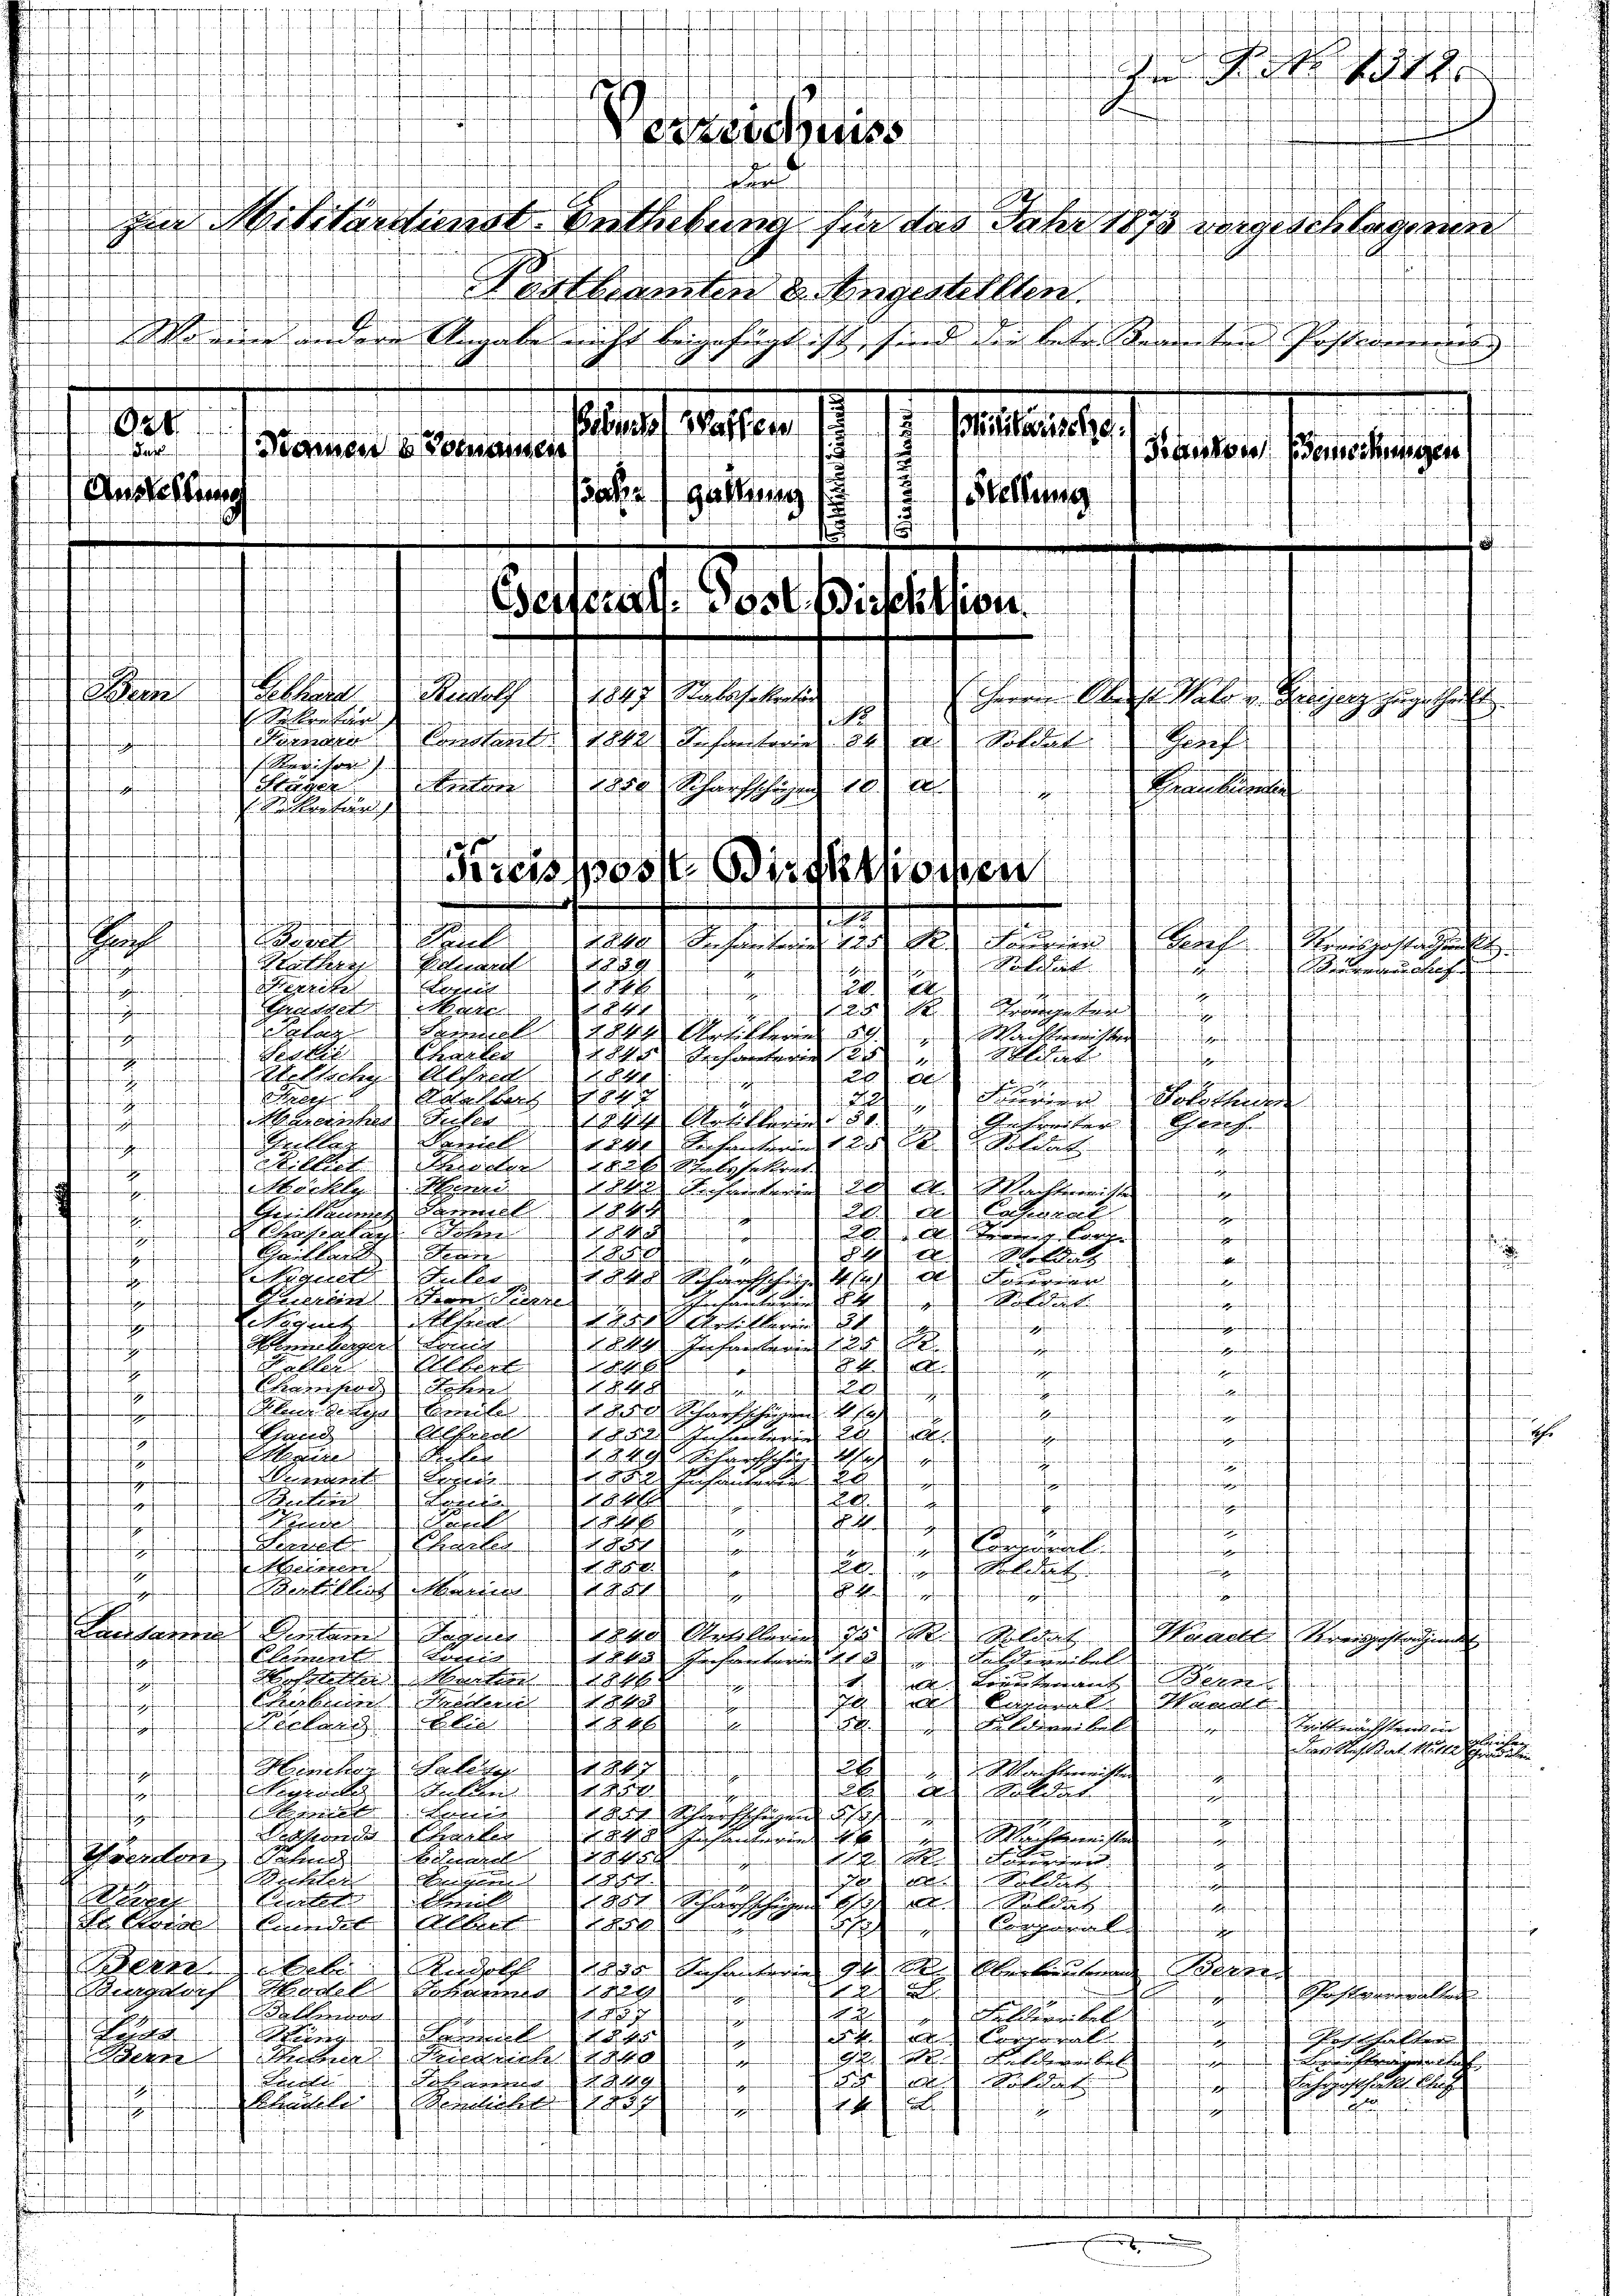
ufnun
.
aferferfen
.

2
1

Derell
224 Arten ehersten
.
Charten
 Sichen Mit
 fein so oft inferirtenfanten Grafe auf

84
leklichen Absic
20)
haffen fich in fanden Kant
x
macherhergehen
Fe
Rorbach
i
2

Notutenden
221
danfenstortenfreihenfanten
12
1244 Rechten
hait Sol
frechen
fen ist der feinfanten gemachen de
Schrech
Gemei
Grille
sohn auch
h
ferferfen unsere
fchen Fenstrafe
1) Wir
dal zuschr
i
.
.
Michl Mon
al schlag ich
fehenden in
.
inung der
d laten
mt in

e
neren. In
Shasler Sei
g
.
feder
e
Kaufleg
Herre

oldi
h
h
.
.
kanal des Schriften 44 die in
.
ntrefferferfenadmaffenf

Seren der den
Refchul

ner, aufen nich
.
enfant auf
e
i
feger
.
.
Steinlagen den
halb hier bei
feren Tage wesen
.
l
Fellner
.
f
de

Champach den
1848
f allen
2
f
.
fchehenhausen
dlen die Meilen
nt
Gand
.
Eilfre
2 ihrer
n
fenfchen
k
1249 Schriften A
.
effenheiten
nfensinnungen einigung

f
mrenen
.
.
Lalle
fl.
e
Re
.

harf und auf nach auf auf anfertigen
erkennen in e
Ffus
1111
Reifel
1
nfagen in effenen

e
e
e
Re
 eredene
t

hefen

s
e
Weieren
h

Peler
.
fe
ofen den gemachen haf
.
1
Reifellos sein
aa
 4
Gegen

f
in freuerfenen den gegen
.
fen.
sfehl der Sach
Urkann in den solches
Waadt vorgestehung
Clement de
82
l
f
 kann ein
  aus Korre
fanderstrafen
f

Balzen
rafen
.
 Kapitel
Handl
4

sich Erb
e
esen Beitrachterner i
tenfenst aufen
Der Restat. 11
e
afen unter
itel
da sie
wiegen die
t

gler
egl
t

fincher

.
dt Schischen
fr. die
e
machenen
Rhone bei
e
dende
aassen se
fanfe
t

a) Sch
de
A
ienen
feffenennenen

Rochler
e
Eigen

g
Seren Teil
nung
eendigte erstehendente seienstaltung de
Siche der

9
s
i
F
.

Rathe
rchhofe des
.
Remar
Schalten
e
Gesanwalten
nferengen in eine in d
f
elmann
157
kaufen unte

.
.
Re
el
erg
11. Jahr so hat al
a
2
eeber
Ich) 111 Al.
Pacte
289
haren
1
Köschaf

Lehrschaftlich
n
u

klust Guhl, 14
u
fne
r
fahren
ben
.
.
befinderauf und
fehenden findliche eine
fch
.
t
f

t

.
.
n
f
 Feuere
¬

nenscheidetene

uung ein er
 wenigen ein ehe
feffenen
ff
afmunerfen feinfachen

.
f
he
scend
e
f

Verrichts
fehen
a
u
neffe
n
dengen

t und
 samm
n ich nicht de
.
1
Planes alten
2
Mittags 199.
1
a
amen seinausen
.
Botko demerkungen
Ansehung
.
Batze Gattung
eltung
fünf
dert h
s
12
d
ofen unanfangen Kran
fruf aufmann i
E
ft
f
chen fernunft
erzalles
.
e
t
af noch
fem
fen inden
fürfen
nten darf
mchen
sch
¬
2
Seeba
Reau
1847 als geben
Herrn Sunst Salon dersetz zugetheilt
.
Seben der
Sunara
A an des harten als an Stel
unsagen
Hauf
f
Revisor
Stäger

nhassend da
halter un
um aufenenderrufen fremden
tt
f
f
.
feffenen in
oer die fein
18
f
 heran
htes geboren
fürfung
s
f
t
nfchehen Graf auf
erf
denrufen
t
g
.
che
Pat
Berec

bach Reinsgestatte
Rutherr
Poten
889
Rolthät
e
1
fmann
unden Gemei
x
ere
x

1
afen of
ndt
in ihm einferen gegenden anheren d
nchen
Engelan
Rugegeben

a
nferen
eegen den
eten anf

.

.

afen auf
.

nit einmal einen haben das wegen
ianten einen

naferfen

x

heanf
u
1
werferfer auftragen
.
h
f
fantenfanten
feffen
aften
f
detinen

d
fenen in einer
f

f
u

nnferenteufen gebenfe
nanfe
mten in
f fin erferferungen
E
hfeffenden
feffier
fechterfre
J
.

.
f

.
s

ft